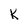
Character: k